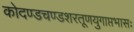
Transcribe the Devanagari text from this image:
कोदण्डचण्डशरतूणयुगाप्तभासः